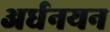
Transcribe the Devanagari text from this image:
अर्धनयन